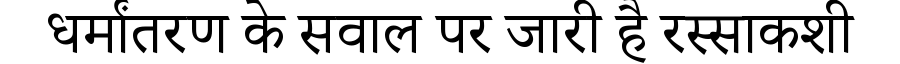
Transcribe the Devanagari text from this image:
धर्मांतरण के सवाल पर जारी है रस्साकशी